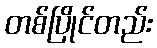
တစ်ပြိုင်တည်း